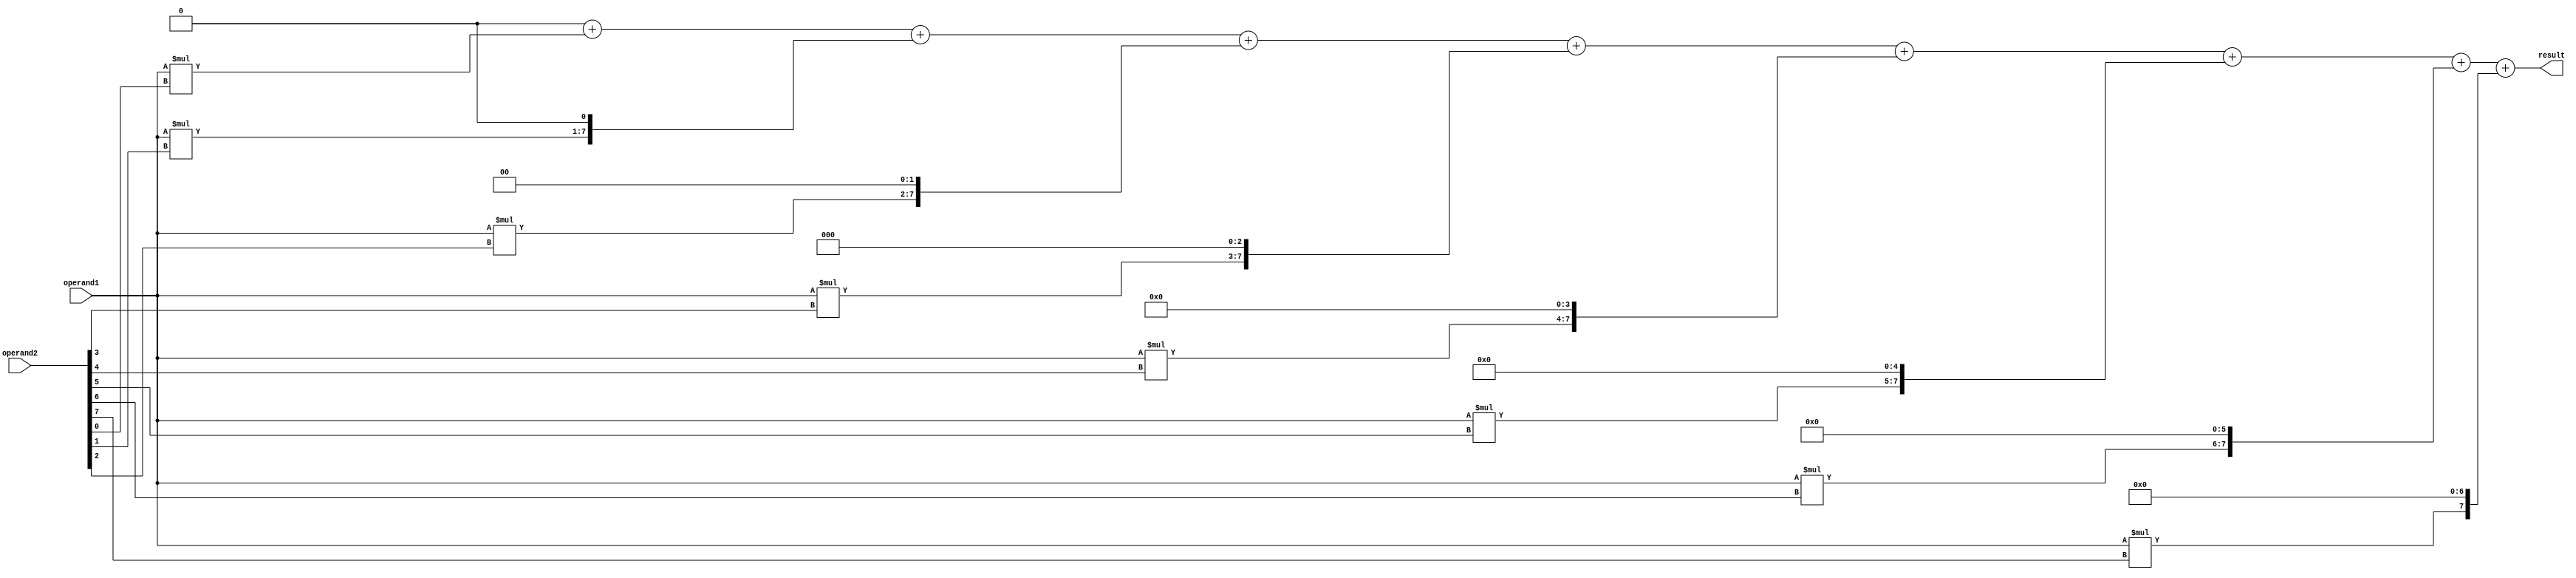
module unsigned_multiplier (
  input [7:0] operand1,
  input [7:0] operand2,
  output reg [15:0] result
);

reg [15:0] product;
reg [7:0] partial_product;
reg [7:0] carry;
integer i;

always @* begin
  product = 16'b0;
  for (i = 0; i < 8; i = i + 1) begin
    partial_product = operand1 * operand2[i];
    partial_product = partial_product << i;
    product = product + partial_product;
  end
  result = product;
end

endmodule